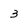
Character: 3